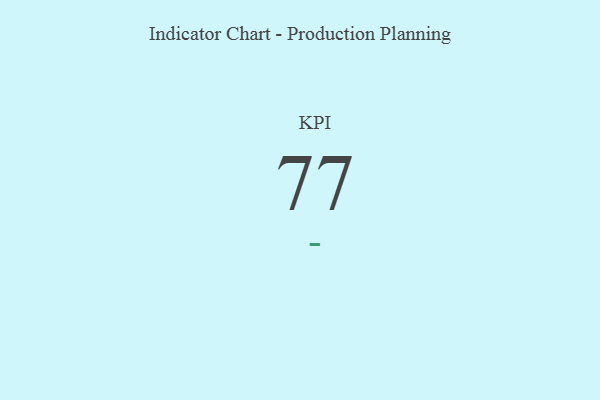
{"axis": {"x": "KPI", "y": "Value"}, "legend": [""], "data": [{"x": "KPI", "y": 77, "type": ""}]}